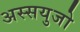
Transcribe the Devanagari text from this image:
अस्सयुजो